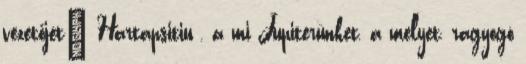
vezetőjét» Hartapsitiu , a mi Jupiterünket, a melyet, ragyogó